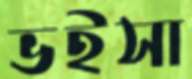
ভইসা